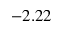
- 2 . 2 2